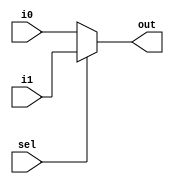
module mux32two(i0,i1,sel,out);
       input [31:0] i0,i1;
       input sel;
       output [31:0] out;

       assign out = sel? i1 : i0;
endmodule